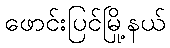
ဖောင်းပြင်မြို့နယ်